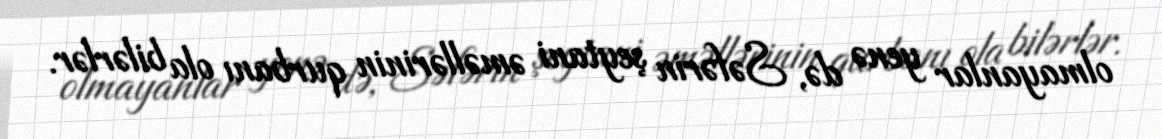
olmayanlar yenə də, Səfərin şeytani əməllərinin qurbanı ola bilərlər.